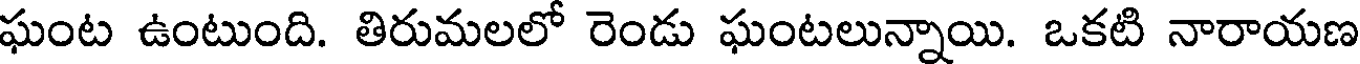
ఘంట ఉంటుంది. తిరుమలలో రెండు ఘంటలున్నాయి. ఒకటి నారాయణ